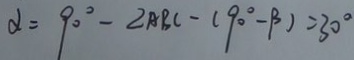
\alpha = 9 0 ^ { \circ } - \angle A B C - ( 9 0 ^ { \circ } - \beta ) = 3 0 ^ { \circ }